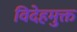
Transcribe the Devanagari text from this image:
विदेहमुक्त